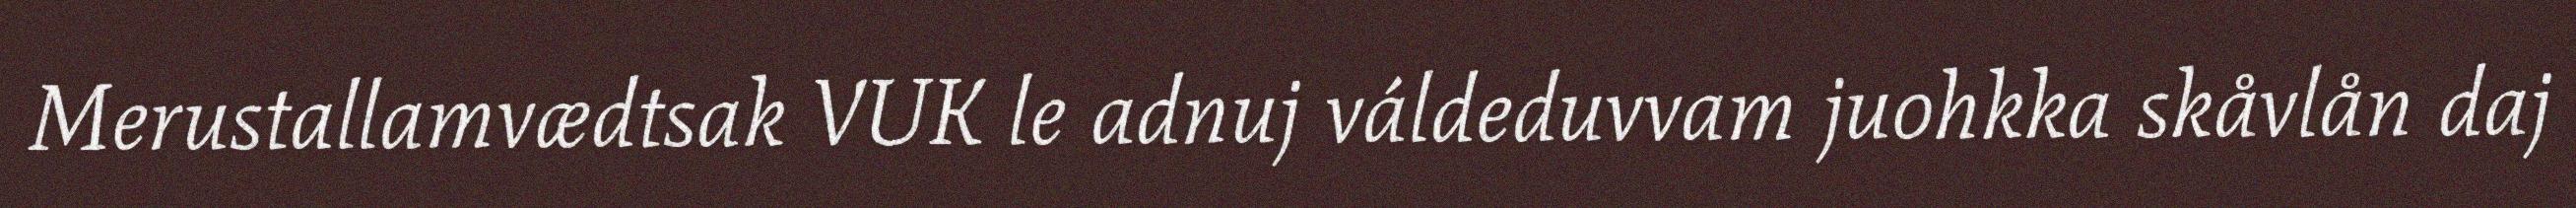
Merustallamvædtsak VUK le adnuj váldeduvvam juohkka skåvlån daj